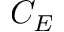
C _ { E }